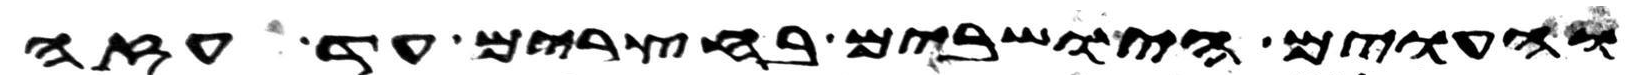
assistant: והעוים הישבים בחצרים עד עזה